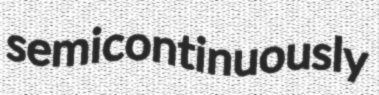
semicontinuously